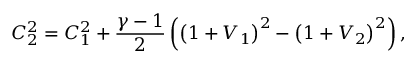
C _ { 2 } ^ { 2 } = C _ { 1 } ^ { 2 } + \frac { \gamma - 1 } { 2 } \left( \left( 1 + V _ { 1 } \right) ^ { 2 } - \left( 1 + V _ { 2 } \right) ^ { 2 } \right) ,